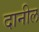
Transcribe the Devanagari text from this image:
दानील